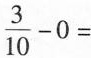
\frac{3}{10}-0=